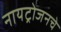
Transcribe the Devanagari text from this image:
नायट्रोजनचे